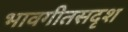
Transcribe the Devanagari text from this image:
भावगीतसदृश